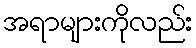
အရာများကိုလည်း